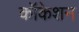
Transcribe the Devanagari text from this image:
कॉकेशन